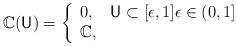
LaTeX: \begin{align*} \mathbb C(\mathsf U) = \left\{ \begin{array}{ll} 0, & \mathsf U \subset [\epsilon ,1] \epsilon \in (0,1] \\ \mathbb C, & \end{array} \right.\end{align*}